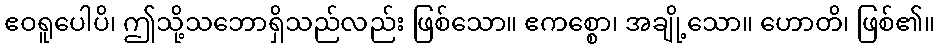
ဧဝရူပေါပိ၊ ဤသို့သဘောရှိသည်လည်း ဖြစ်သော။ ဧကစ္စော၊ အချို့သော။ ဟောတိ၊ ဖြစ်၏။